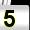
Digit: 5